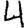
Digit: 4